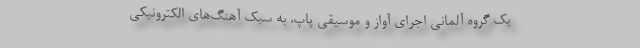
یک گروه آلمانی اجرای آواز و موسیقی پاپ، به سبک آهنگ‌های الکترونیکی